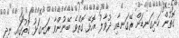
ގޮތުން ހަށިގަނޑަށް ރޭގަނޑާއި ދުވާލު އޮޅޭ ގޮތްވެ ބޭނުންވާ ރަނގަޅު ގޮތުގައި ނިދި